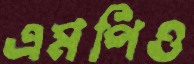
এমপিও